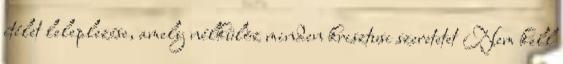
ítélet leleplezése, amely nélkülöz minden krisztusi szeretetet Nem kell